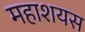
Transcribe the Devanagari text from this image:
महाशयस